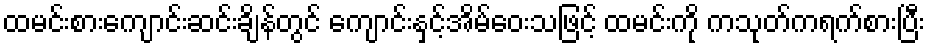
ထမင်းစားကျောင်းဆင်းချိန်တွင် ကျောင်းနှင့်အိမ်ဝေးသဖြင့် ထမင်းကို ကသုတ်ကရက်စားပြီး